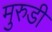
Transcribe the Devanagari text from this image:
मुरुडी